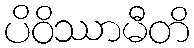
ပိဝိဿာမီတိ